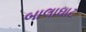
બાલાઘાટ